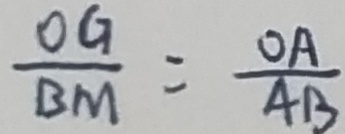
\frac { O G } { B M } = \frac { O A } { A B }